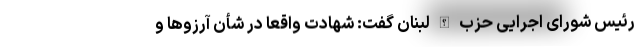
رئیس شورای اجرایی حزب الله لبنان گفت: شهادت واقعا در شأن آرزوها و